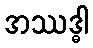
အဿဒ္ဓါ